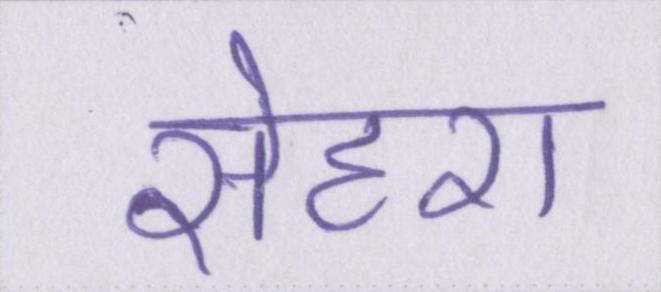
सेहरा